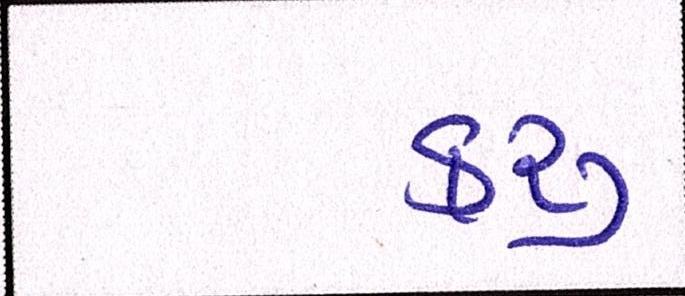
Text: કરૂં